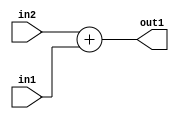
`timescale 1ps / 1ps
/*****************************************************************************
    Verilog RTL Description
    
    
    Created by: Stratus DpOpt 2019.1.01 
*******************************************************************************/

module pw_weight_addr_gen_Add_16Ux8U_16U_4_0 (
	in2,
	in1,
	out1
	); /* architecture "behavioural" */ 
input [15:0] in2;
input [7:0] in1;
output [15:0] out1;
wire [15:0] asc001;

assign asc001 = 
	+(in2)
	+(in1);

assign out1 = asc001;
endmodule

/* CADENCE  ubL1QgA= : u9/ySgnWtBlWxVPRXgAZ4Og= ** DO NOT EDIT THIS LINE ******/